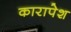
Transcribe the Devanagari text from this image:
कारापेश